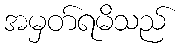
အမှတ်ရမိသည်